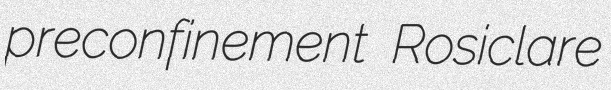
preconfinement Rosiclare